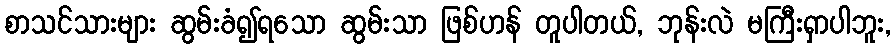
စာသင်သားများ ဆွမ်းခံ၍ရသော ဆွမ်းသာ ဖြစ်ဟန် တူပါတယ်, ဘုန်းလဲ မကြီးရှာပါဘူး,